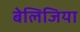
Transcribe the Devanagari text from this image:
बेलिजिया